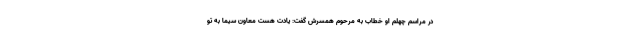
در مراسم چهلم او خطاب به مرحوم همسرش گفت: یادت هست معاون سیما به تو